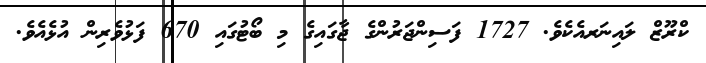
ކްރޫޒް ލައިނަރއެކެވެ. 1727 ފަސިންޖަރުންގެ ޖާގައިގެ މި ބޯޓުގައި 670 ފަޅުވެރިން އުޅެއެވެ.